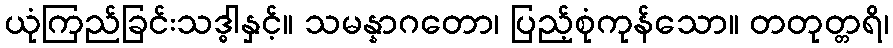
ယုံကြည်ခြင်းသဒ္ဓါနှင့်။ သမန္နာဂတော၊ ပြည့်စုံကုန်သော။ တတုတ္တရိ၊